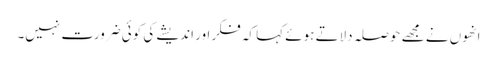
انھوں نے مجھے حوصلہ دلاتے ہوئے کہا کہ فکر اور اندیشے کی کوئی ضرورت نہیں۔